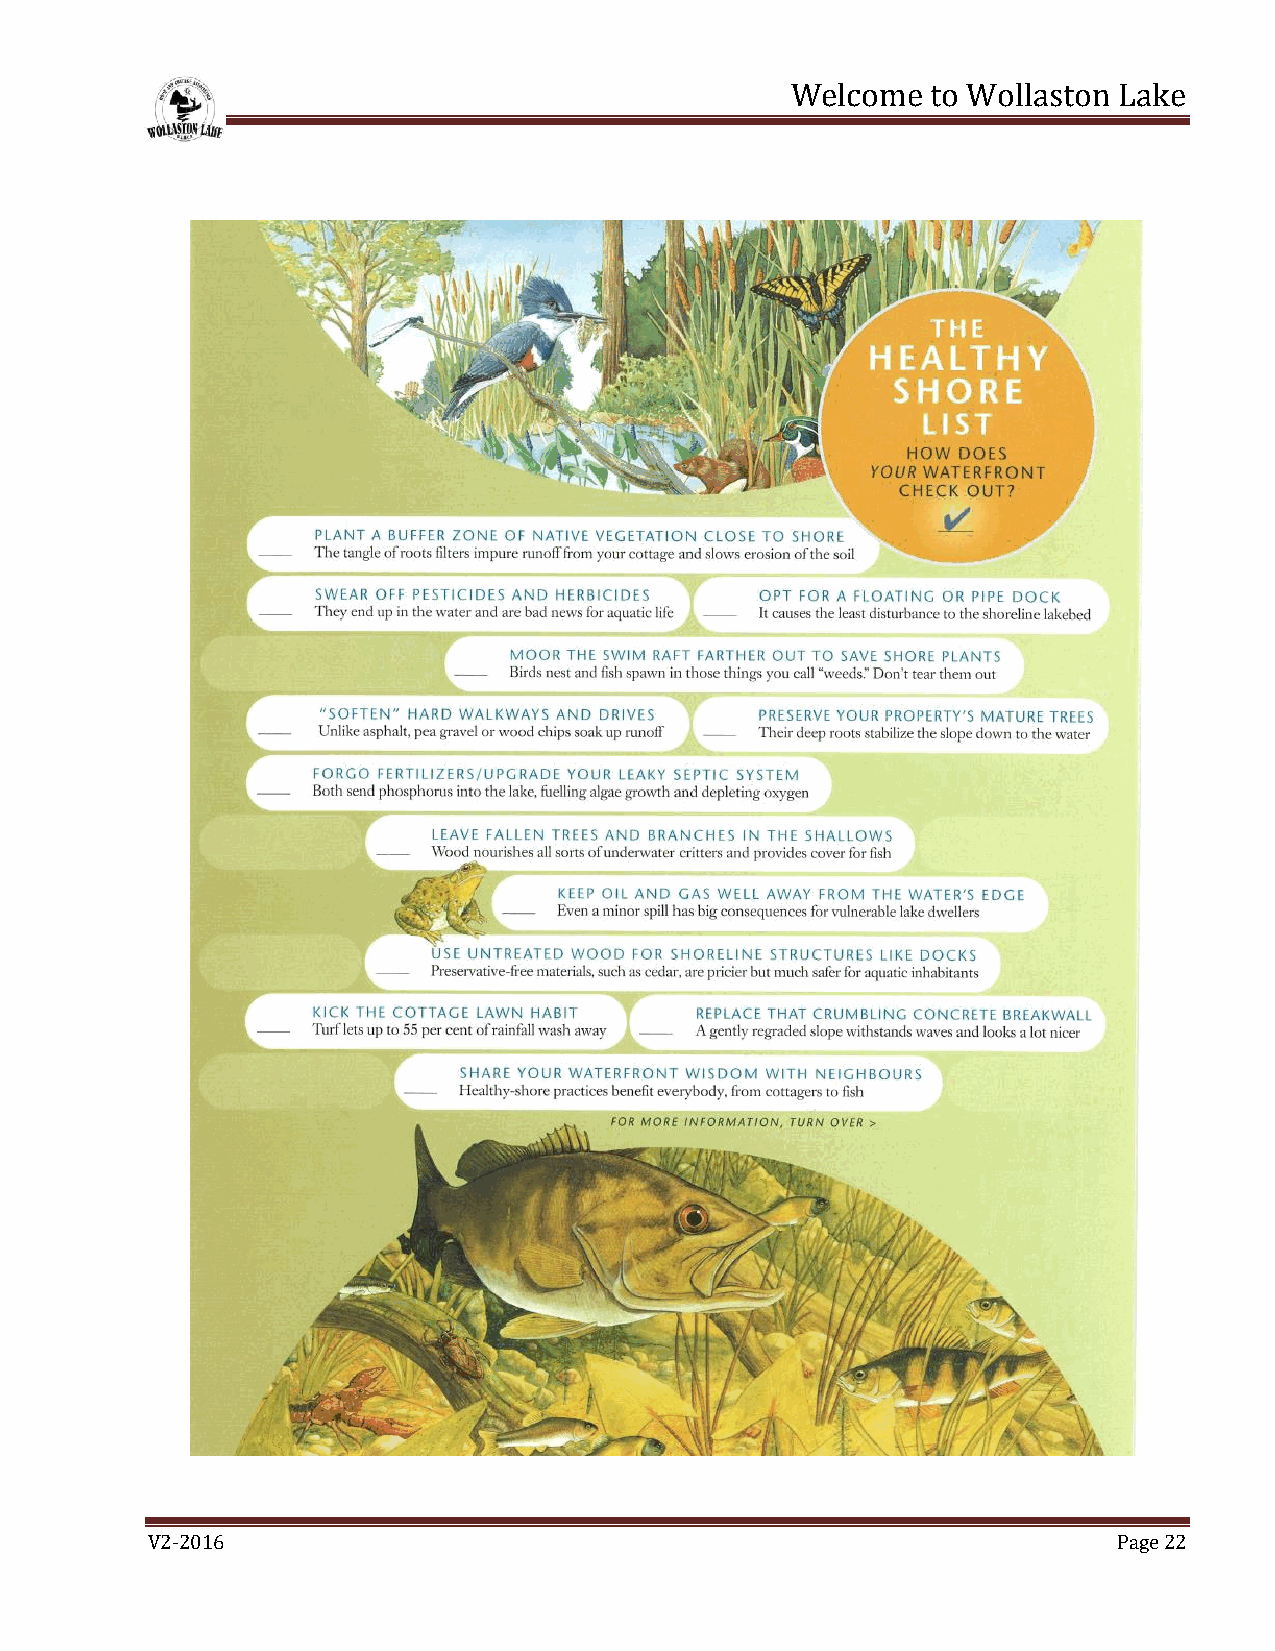
Welcome   to Wollaston Lake
 V2-2016                                                         Page 22